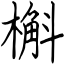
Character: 槲